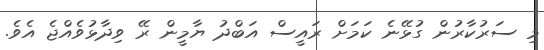
މި ސަރުކާރުން ގުޅޭނެ ކަމަށް ރައީސް އަބްދު ޔާމީން ރޭ ވިދާޅުވެއްޖެ އެވެ.